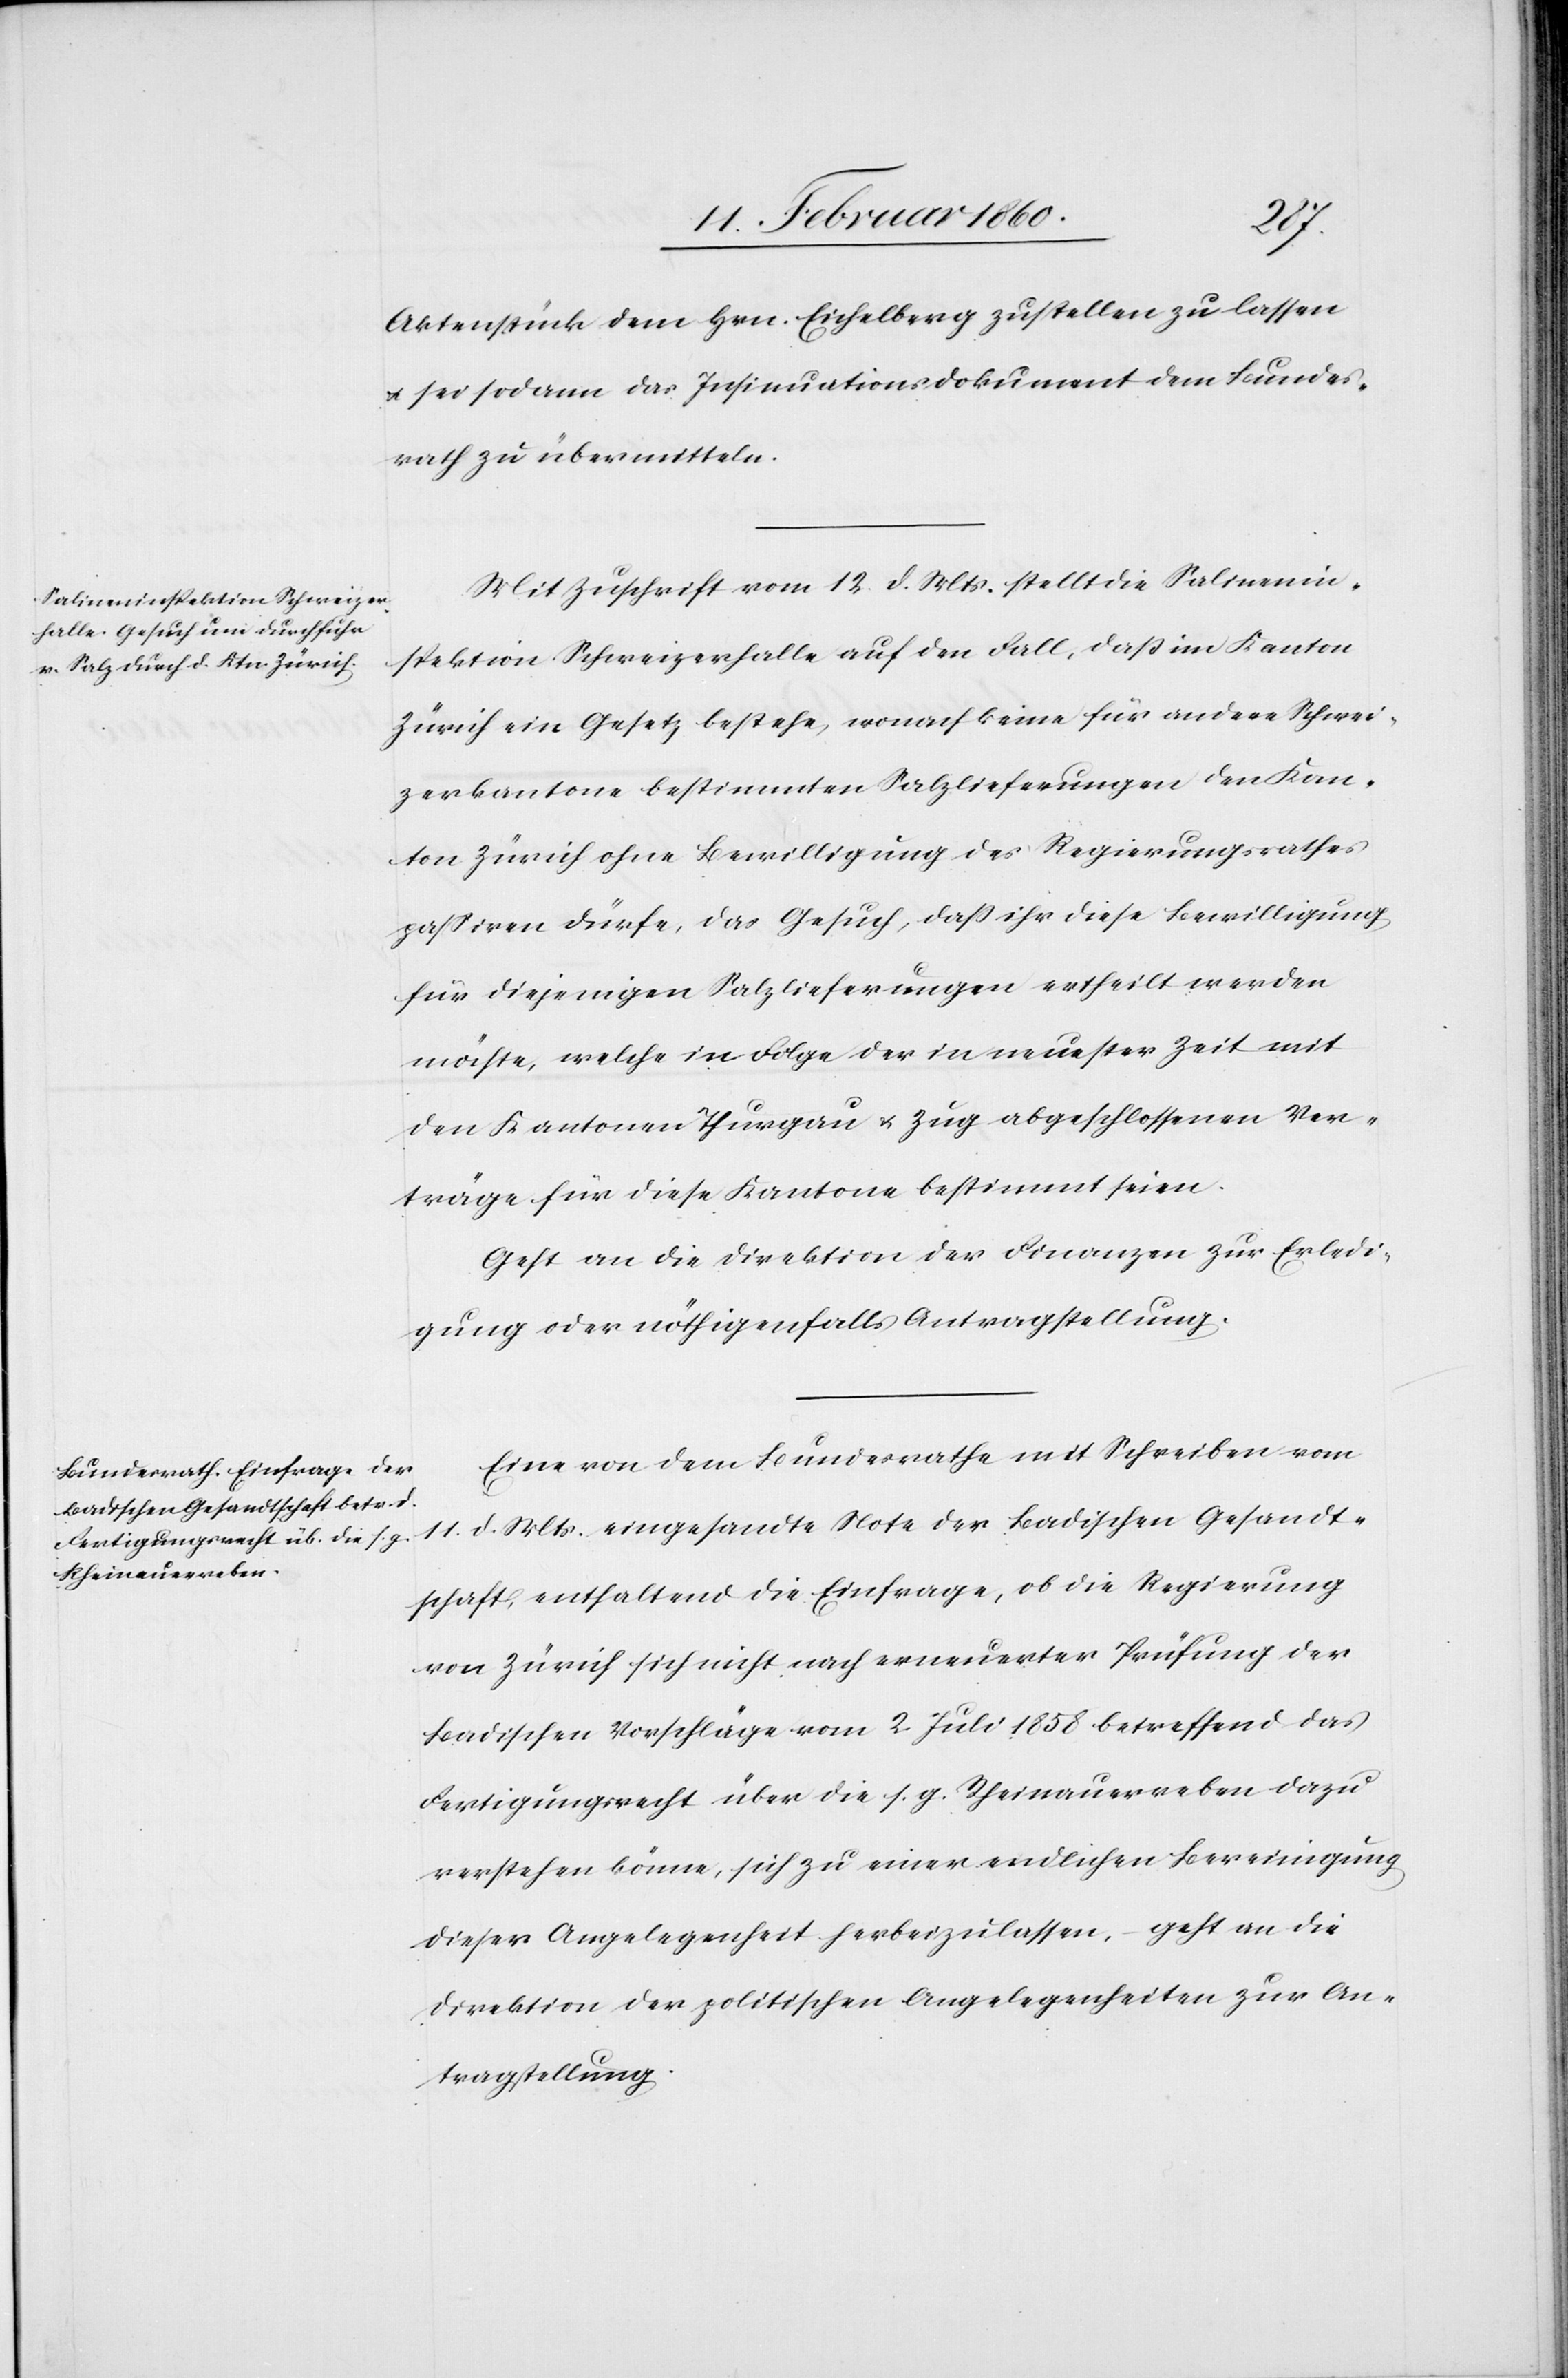
15. Februar 1860.]
Aktenstück dem Hrn. Eichelberg zustellen zu lassen
u. sei sodann das Insinuationsdokument dem Bundes¬
rath zu übermitteln.
Mit Zuschrift vom 12. d. Mts. stellt die Salinenin¬
spektion Schweizerhalle auf den Fall, dass im Kanton
Zürich ein Gesetz bestehe, wonach keine für andere Schwei¬
zerkantone bestimmten Salzlieferungen den Kan¬
ton Zürich ohne Bewilligung des Regierungsrathes
passiren dürfe, das Gesuch, dass ihr diese Bewilligung
für diejenige Salzlieferungen ertheilt werden
möchte, welche in folge der in neuster Zeit mit
den Kantonen Thurgau u. Zug abgeschlossenen Ver¬
träge für diese Kantone bestimmt seien.
Geht an die Direktion der Finanzen zur Erledi¬
gung oder nöthigenfalls Antragstellung.
Eine von dem Bundesrathe mit Schreiben vom
11. d. Mts. eingesandte Note der Badischen Gesandt¬
schaft, enthaltend die Einfrage, ob die Regierung
von Zürich sich nicht nach erneuerter Prüfung der
Badischen Vorschläge vom 2. Juli 1858 betreffend das
Fertigungsrecht über die s. g. Rheinauerreben dazu
verstehen könne, sich zu einer endlichen Bereinigung
dieser Angelegenheit herbeizulassen, geht an die
Direktion der politischen Angelegenheiten zur An¬
tragstellung.